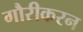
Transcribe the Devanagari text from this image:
गौरीकरन